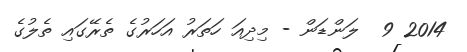
2014 9  ލަންޑަން - މިދިއަ ހަތަރު އަހަރުގެ ތެރޭގައި ތެލުގެ